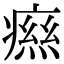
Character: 𤹎